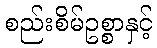
စည်းစိမ်ဥစ္စာနှင့်